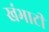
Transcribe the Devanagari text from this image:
खंभाटी